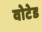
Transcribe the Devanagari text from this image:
वोटेड